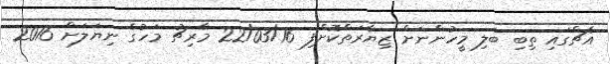
އެޗްގައި ތިބި ބަލި މީހުންނަށް ޒިޔާރަތްކޮށްފި 22/03/16 މާރިޗު މަހުގެ ނިޔަލަށް 2016